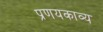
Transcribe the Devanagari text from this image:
प्रणयकाव्य